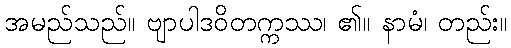
အမည်သည်။ ဗျာပါဒဝိတက္ကဿ၊ ၏။ နာမံ၊ တည်း။